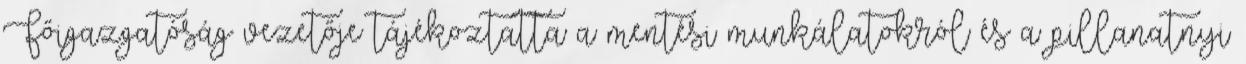
Főigazgatóság vezetője tájékoztatta a mentési munkálatokról és a pillanatnyi